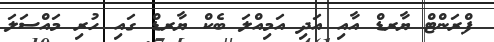
ފްރަންޓް ޔާރޑް އާއި އަދި އަމިއްލަ ބެކް ޔާރޑް ގައި ހުރި މައްސަލަ